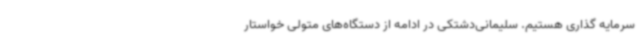
سرمایه گذاری هستیم. سلیمانی‌دشتکی در ادامه از دستگاه‌های متولی خواستار